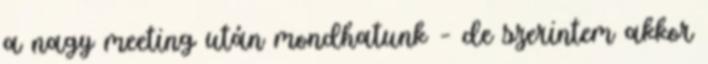
a nagy meeting után mondhatunk – de szerintem akkor